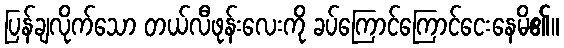
ပြန်ချလိုက်သော တယ်လီဖုန်းလေးကို ခပ်ကြောင်ကြောင်ငေးနေမိ၏။